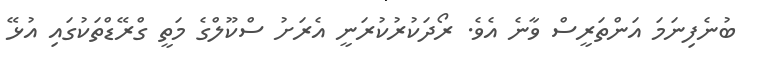
ބުނެފިނަމަ އަންތަރީސް ވާނެ އެވެ. ރޯދަކުރުކުރަނީ އެރަށު ސްކޫލްގެ މަތީ ގްރޭޑްތަކުގައި އުޅޭ